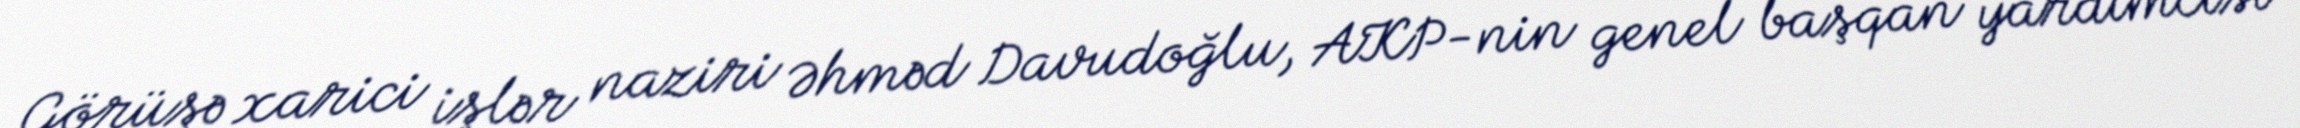
Görüşə xarici işlər naziri Əhməd Davudoğlu, AKP-nin genel başqan yardımcısı